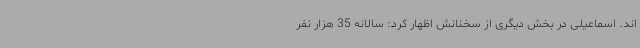
اند. اسماعیلی در بخش دیگری از سخنانش اظهار کرد: سالانه 35 هزار نفر